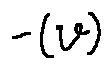
- ( v )